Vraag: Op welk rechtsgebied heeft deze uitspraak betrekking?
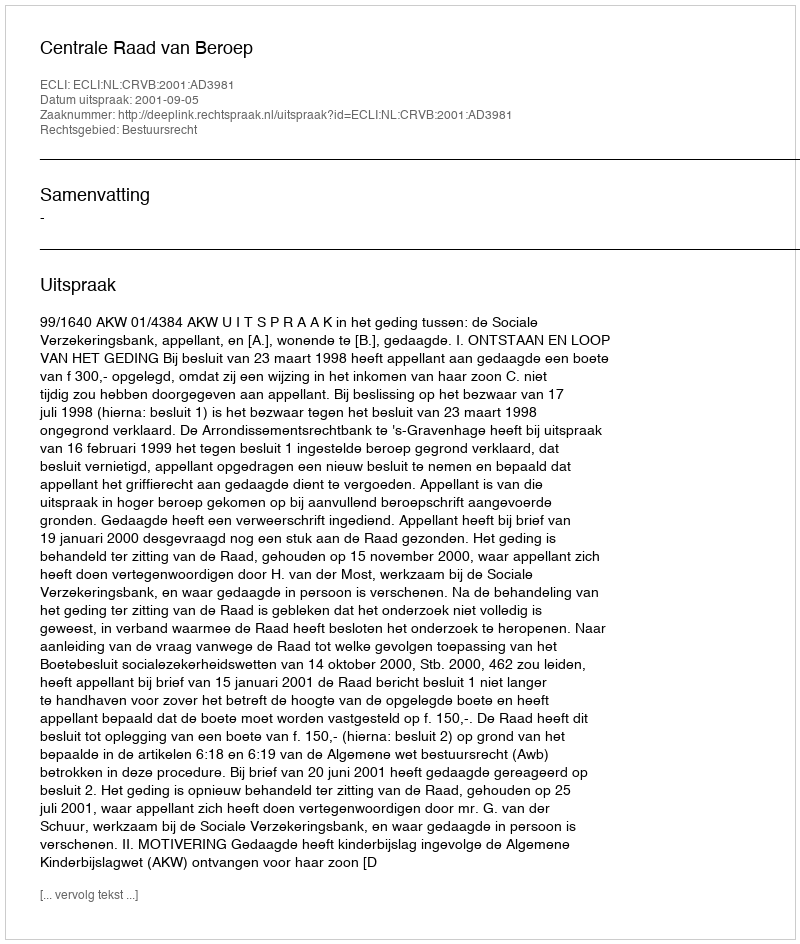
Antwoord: Bestuursrecht